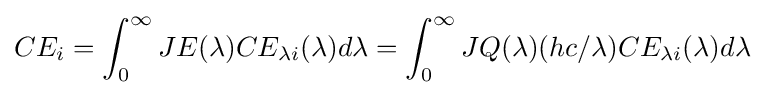
CE_{i}=\int _{0}^{\infty }JE(\lambda )CE_{\lambda i}(\lambda )d\lambda =\int _{0}^{\infty }JQ(\lambda )(hc/\lambda )CE_{\lambda i}(\lambda )d\lambda